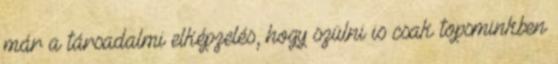
már a társadalmi elképzelés, hogy szülni is csak topsminkben